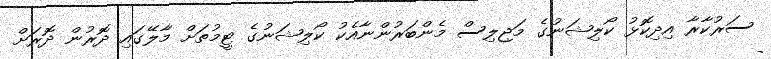
ސަރުކާރާ އިދިކޮޅު ކޯލިޝަނުގެ މަޖިލިސް މެންބަރުންނާއެކު ކޯލިޝަނުގެ ޓީމުތަށް މާލޭގައި ދޮރުން ދޮރަށް